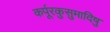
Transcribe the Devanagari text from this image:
कर्पूरकुसुमादिषु